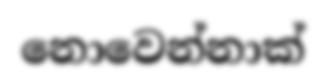
නොවෙන්නාක්